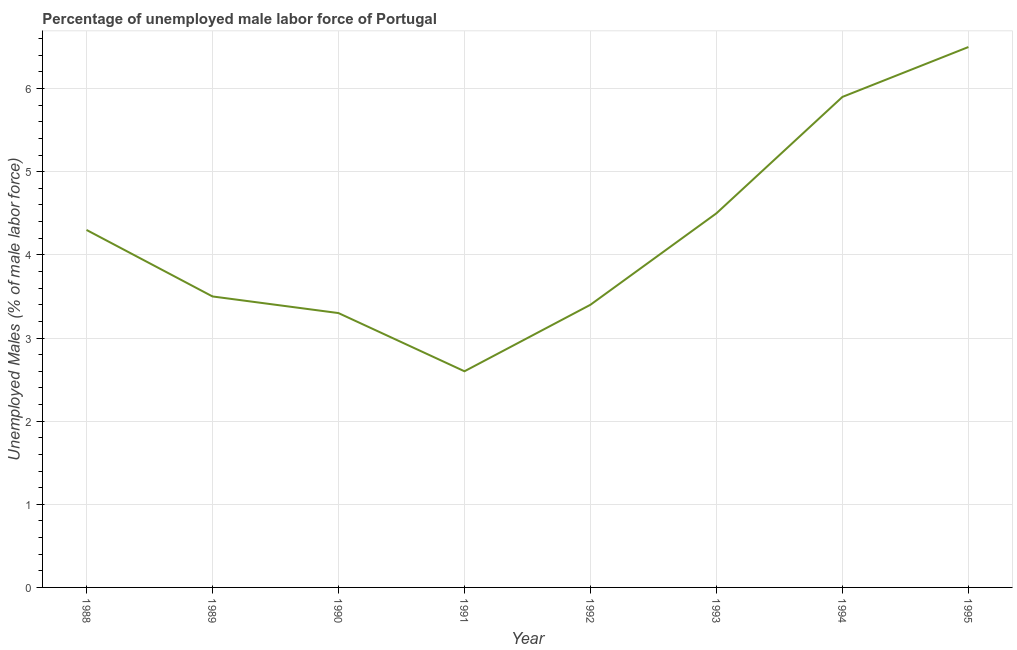
| Year | Unemployment male |
 | --- | --- |
 | 1988 | 4.3 |
 | 1989 | 3.5 |
 | 1990 | 3.3 |
 | 1991 | 2.6 |
 | 1992 | 3.4 |
 | 1993 | 4.5 |
 | 1994 | 5.9 |
 | 1995 | 6.5 |